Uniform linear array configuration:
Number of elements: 48
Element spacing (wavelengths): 0.25
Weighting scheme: kaiser
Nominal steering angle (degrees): -45
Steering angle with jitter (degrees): -45.495
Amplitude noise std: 0.05
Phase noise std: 0.05

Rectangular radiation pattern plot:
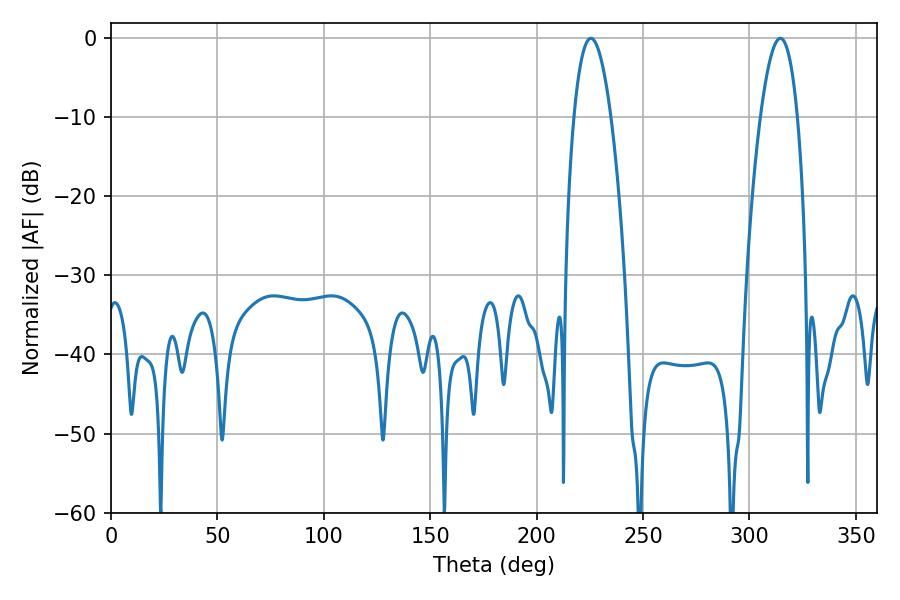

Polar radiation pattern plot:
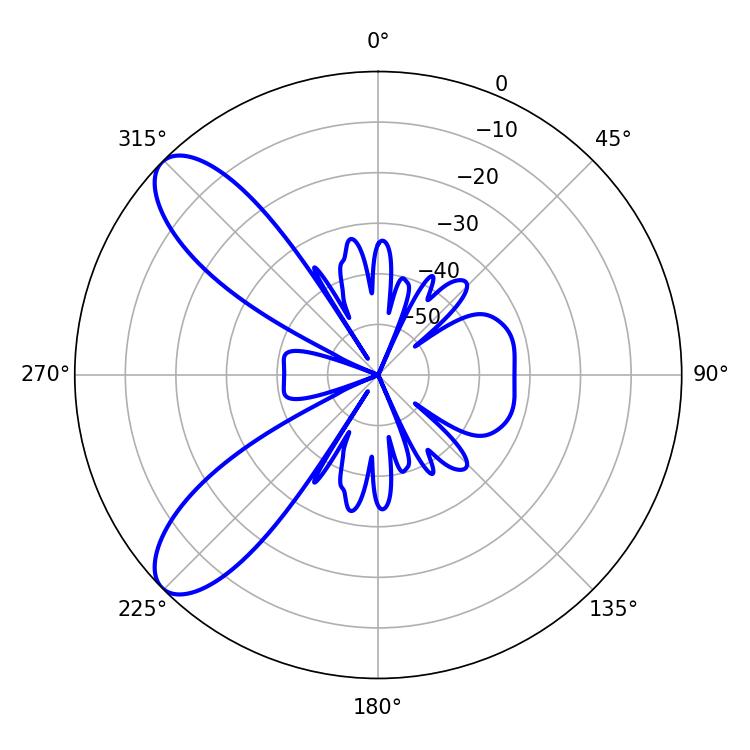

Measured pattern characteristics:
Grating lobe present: FALSE
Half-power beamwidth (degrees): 9.72
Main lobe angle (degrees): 314.46